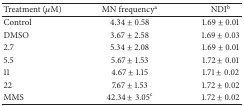
<table><thead><tr><td><b>Treatment (<i>μ</i>M)</b></td><td><b>MN frequency<sup>a</sup></b></td><td><b>NDI<sup>b</sup></b></td></tr></thead><tbody><tr><td>Control</td><td>4.34 ± 0.58</td><td>1.69 ± 0.01</td></tr><tr><td>DMSO</td><td>3.67 ± 2.58</td><td>1.69 ± 0.03</td></tr><tr><td>2.7</td><td>5.34 ± 2.08</td><td>1.69 ± 0.01</td></tr><tr><td>5.5</td><td>5.67 ± 1.53</td><td>1.72 ± 0.01</td></tr><tr><td>11</td><td>4.67 ± 1.15</td><td>1.71 ± 0.02</td></tr><tr><td>22</td><td>7.67 ± 1.53</td><td>1.72 ± 0.02</td></tr><tr><td>MMS</td><td>42.34 ± 3.05<sup>c</sup></td><td>1.72 ± 0.02</td></tr></tbody></table>